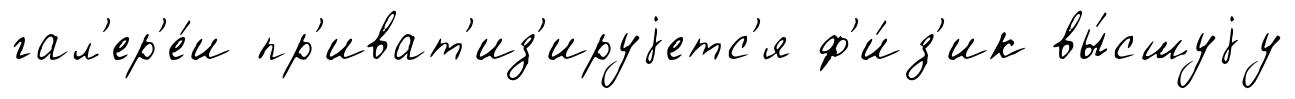
гал'ер'е́и пр'иват'из'ируjетс'я ф'и́з'ик вы́сшуjу